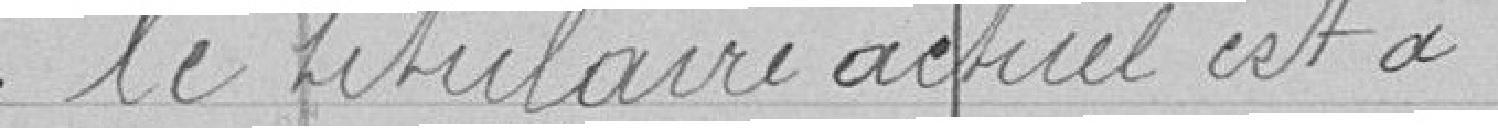
le titulaire actuel est à